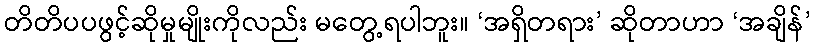
တိတိပပဖွင့်ဆိုမှုမျိုးကိုလည်း မတွေ့ရပါဘူး။ ‘အရှိတရား’ ဆိုတာဟာ ‘အချိန်’